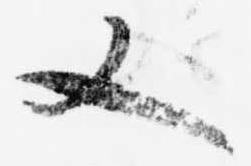
又